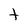
Character: t